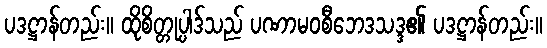
ပဒဋ္ဌာန်တည်း။ ထိုစိတ္တုပ္ပါဒ်သည် ပဏာမဝစီဘေဒသဒ္ဒ၏ ပဒဋ္ဌာန်တည်း။